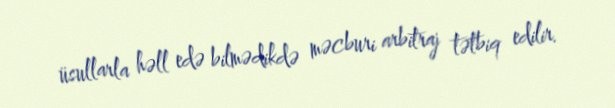
üsullarla həll edə bilmədikdə məcburi arbitraj tətbiq edilir.